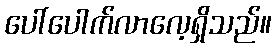
ပေါ်ပေါက်လာလေ့ရှိသည်။